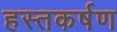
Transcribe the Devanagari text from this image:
हस्तकर्षण